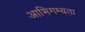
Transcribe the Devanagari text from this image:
आभिगम्यता